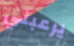
يرعبني